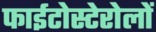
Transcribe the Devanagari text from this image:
फाईटोस्टेरोलों